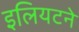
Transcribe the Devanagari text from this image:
इलियटने